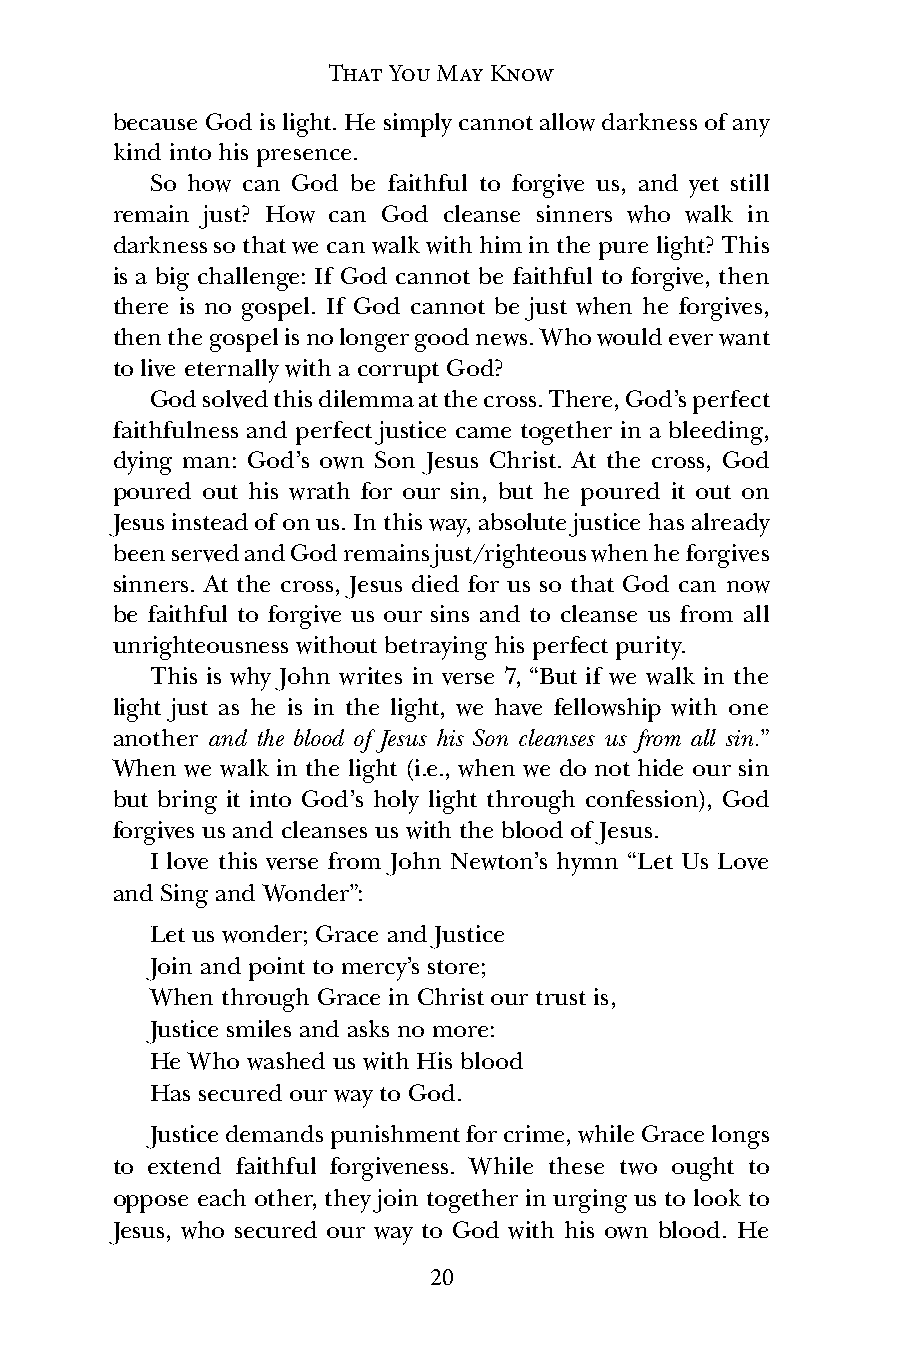
That You May Know
 because God is light. He simply cannot allow darkness of any
 kind into his presence.
 So how can God be faithful to forgive us, and yet still
 remain just? How can God cleanse sinners who walk in
 darkness so that we can walk with him in the pure light? This
 is a big challenge: If God cannot be faithful to forgive, then
 there is no gospel. If God cannot be just when he forgives,
 then the gospel is no longer good news. Who would ever want
 to live eternally with a corrupt God?
 God solved this dilemma at the cross. There, God’s perfect
 faithfulness and perfect justice came together in a bleeding,
 dying man: God’s own Son Jesus Christ. At the cross, God
 poured out his wrath for our sin, but he poured it out on
 Jesus instead of on us. In this way, absolute justice has already
 been served and God remains just/righteous when he forgives
 sinners. At the cross, Jesus died for us so that God can now
 be faithful to forgive us our sins and to cleanse us from all
 unrighteousness without betraying his perfect purity.
 This is why John writes in verse 7, “But if we walk in the
 light just as he is in the light, we have fellowship with one
 another and the blood of Jesus his Son cleanses us from all sin.”
 When we walk in the light (i.e., when we do not hide our sin
 but bring it into God’s holy light through confession), God
 forgives us and cleanses us with the blood of Jesus.
 I love this verse from John Newton’s hymn “Let Us Love
 and Sing and Wonder”:
 Let us wonder; Grace and Justice
 Join and point to mercy’s store;
 When through Grace in Christ our trust is,
 Justice smiles and asks no more:
 He Who washed us with His blood
 Has secured our way to God.
 Justice demands punishment for crime, while Grace longs
 to extend faithful forgiveness. While these two ought to
 oppose each other, they join together in urging us to look to
 Jesus, who secured our way to God with his own blood. He
 20